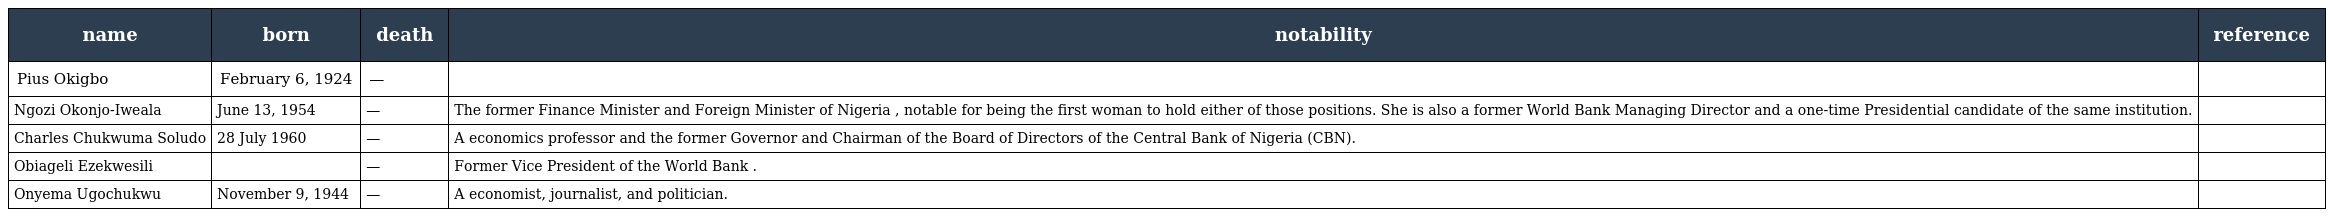
| name | born | death | notability | reference |
 | --- | --- | --- | --- | --- |
 | Pius Okigbo | February 6, 1924 | — |  |  |
 | Ngozi Okonjo-Iweala | June 13, 1954 | — | The former Finance Minister and Foreign Minister of Nigeria , notable for being the first woman to hold either of those positions. She is also a former World Bank Managing Director and a one-time Presidential candidate of the same institution. |  |
 | Charles Chukwuma Soludo | 28 July 1960 | — | A economics professor and the former Governor and Chairman of the Board of Directors of the Central Bank of Nigeria (CBN). |  |
 | Obiageli Ezekwesili |  | — | Former Vice President of the World Bank . |  |
 | Onyema Ugochukwu | November 9, 1944 | — | A economist, journalist, and politician. |  |